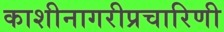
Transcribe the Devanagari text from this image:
काशीनागरीप्रचारिणी